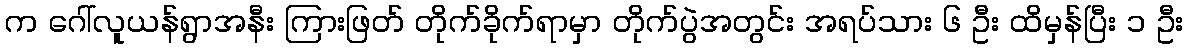
က ဂေါ်လူယန်ရွာအနီး ကြားဖြတ် တိုက်ခိုက်ရာမှာ တိုက်ပွဲအတွင်း အရပ်သား ၆ ဦး ထိမှန်ပြီး ၁ ဦး